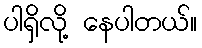
ပါရှိလို့ နေပါတယ်။